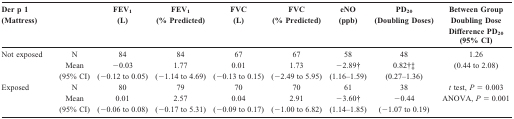
<table><thead><tr><td><b>Der p 1 (Mattress)</b></td><td></td><td><b>FEV<sub>1 </sub>(L)</b></td><td><b>FEV<sub>1 </sub>(% Predicted)</b></td><td><b>FVC (L)</b></td><td><b>FVC (% Predicted)</b></td><td><b>eNO (ppb)</b></td><td><b>PD<sub>20 </sub>(Doubling Doses)</b></td><td><b>Between Group Doubling Dose Difference PD<sub>20 </sub>(95% CI)</b></td></tr></thead><tbody><tr><td>Not exposed</td><td>N</td><td>84</td><td>84</td><td>67</td><td>67</td><td>58</td><td>48</td><td>1.26</td></tr><tr><td></td><td>Mean</td><td>-0.03</td><td>1.77</td><td>0.01</td><td>1.73</td><td>-2.89†</td><td>0.82†‡</td><td>(0.44 to 2.08)</td></tr><tr><td></td><td>(95% CI)</td><td>(-0.12 to 0.05)</td><td>(-1.14 to 4.69)</td><td>(-0.13 to 0.15)</td><td>(-2.49 to 5.95)</td><td>(1.16-1.59)</td><td>(0.27-1.36)</td><td></td></tr><tr><td>Exposed</td><td>N</td><td>80</td><td>79</td><td>70</td><td>70</td><td>61</td><td>38</td><td><i>t </i>test, <i>P </i>= 0.003</td></tr><tr><td></td><td>Mean</td><td>0.01</td><td>2.57</td><td>0.04</td><td>2.91</td><td>-3.60†</td><td>-0.44</td><td>ANOVA, <i>P </i>= 0.001</td></tr><tr><td></td><td>(95% CI)</td><td>(-0.06 to 0.08)</td><td>(-0.17 to 5.31)</td><td>(-0.09 to 0.17)</td><td>(-1.00 to 6.82)</td><td>(1.14-1.85)</td><td>(-1.07 to 0.19)</td><td></td></tr></tbody></table>